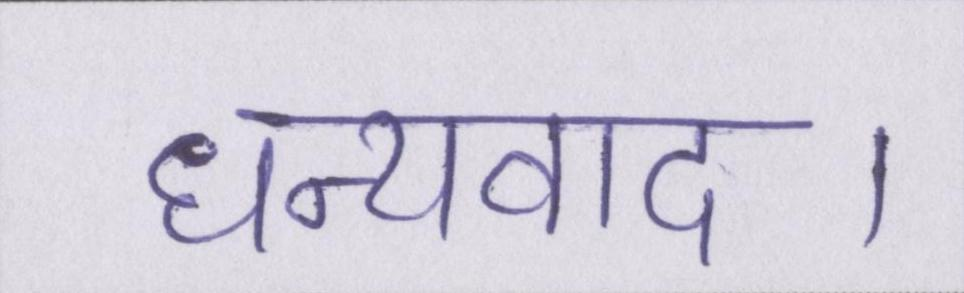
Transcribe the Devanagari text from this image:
धन्यवाद।